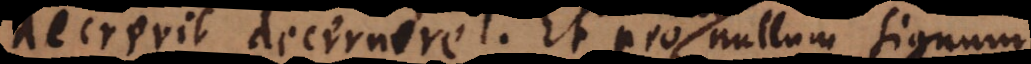
decrevit decernere. Et proinde nullum signum